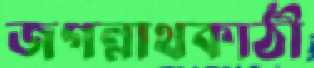
জগন্নাথকাঠী